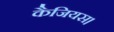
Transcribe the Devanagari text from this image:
कैजियस।